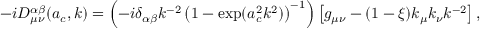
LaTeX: - i D _ { \mu \nu } ^ { \alpha \beta } ( a _ { c } , k ) = \left( - i \delta _ { \alpha \beta } k ^ { - 2 } \left( 1 - \exp ( a _ { c } ^ { 2 } k ^ { 2 } ) \right) ^ { - 1 } \right) \left[ g _ { \mu \nu } - ( 1 - \xi ) k _ { \mu } k _ { \nu } k ^ { - 2 } \right] ,